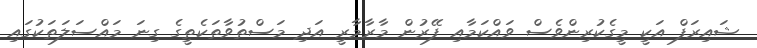
ޝައިރަފް އަކީ މީގެކުރިންވެސް ވައްކަމާއި ފޭރުން މާރާމާރީ އަދި މަސްތުވާތަކެތީގެ ގިނަ މައްސަލަތަކުގައި